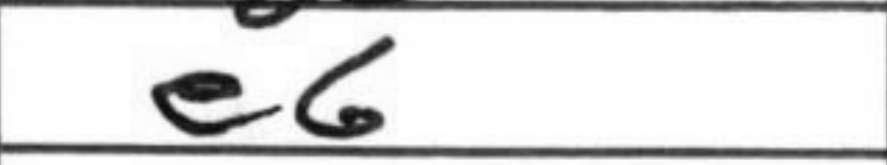
Transcription: e6